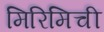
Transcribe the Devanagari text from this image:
मिरिमिची